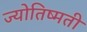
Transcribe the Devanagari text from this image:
ज्योतिष्मती